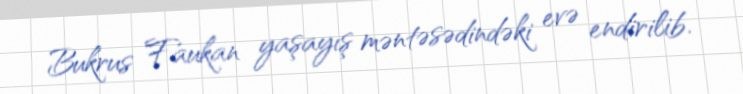
Bukrus Faukan yaşayış məntəsədindəki evə endirilib.